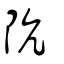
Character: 阬